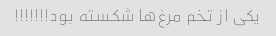
یکی از تخم مرغ‌ها شکسته بود!!!!!!!